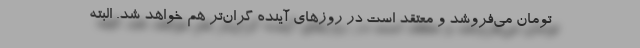
تومان می‌فروشد و معتقد است در روزهای آینده گران‌تر هم خواهد شد. البته